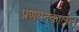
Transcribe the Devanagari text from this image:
प्रणयनकालीन